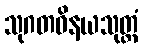
သုဂတဝိနယသုတ္တံ